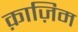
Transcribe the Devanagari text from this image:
क़ाज़िम